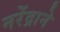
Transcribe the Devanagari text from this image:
नरेंद्राने